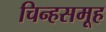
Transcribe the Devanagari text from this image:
चिन्हसमूह